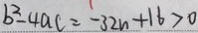
b ^ { 2 } - 4 a c = - 3 2 n + 1 6 > 0